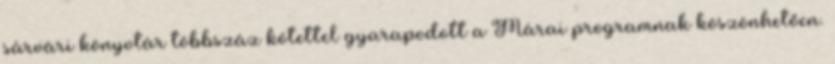
sárvári könyvtár többszáz kötettel gyarapodott a Márai programnak köszönhetően.